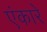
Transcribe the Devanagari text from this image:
एंकारे